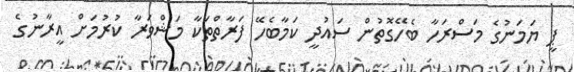
ޕީ ޔަމަނުގެ މަސްރަހާ ބެހޭގޮތުން ސައުދީ ކަމާބެހޭ ފަރާތްތަކާ މަޝްވަރާ ކުރުމަށް އީރާނުގެ